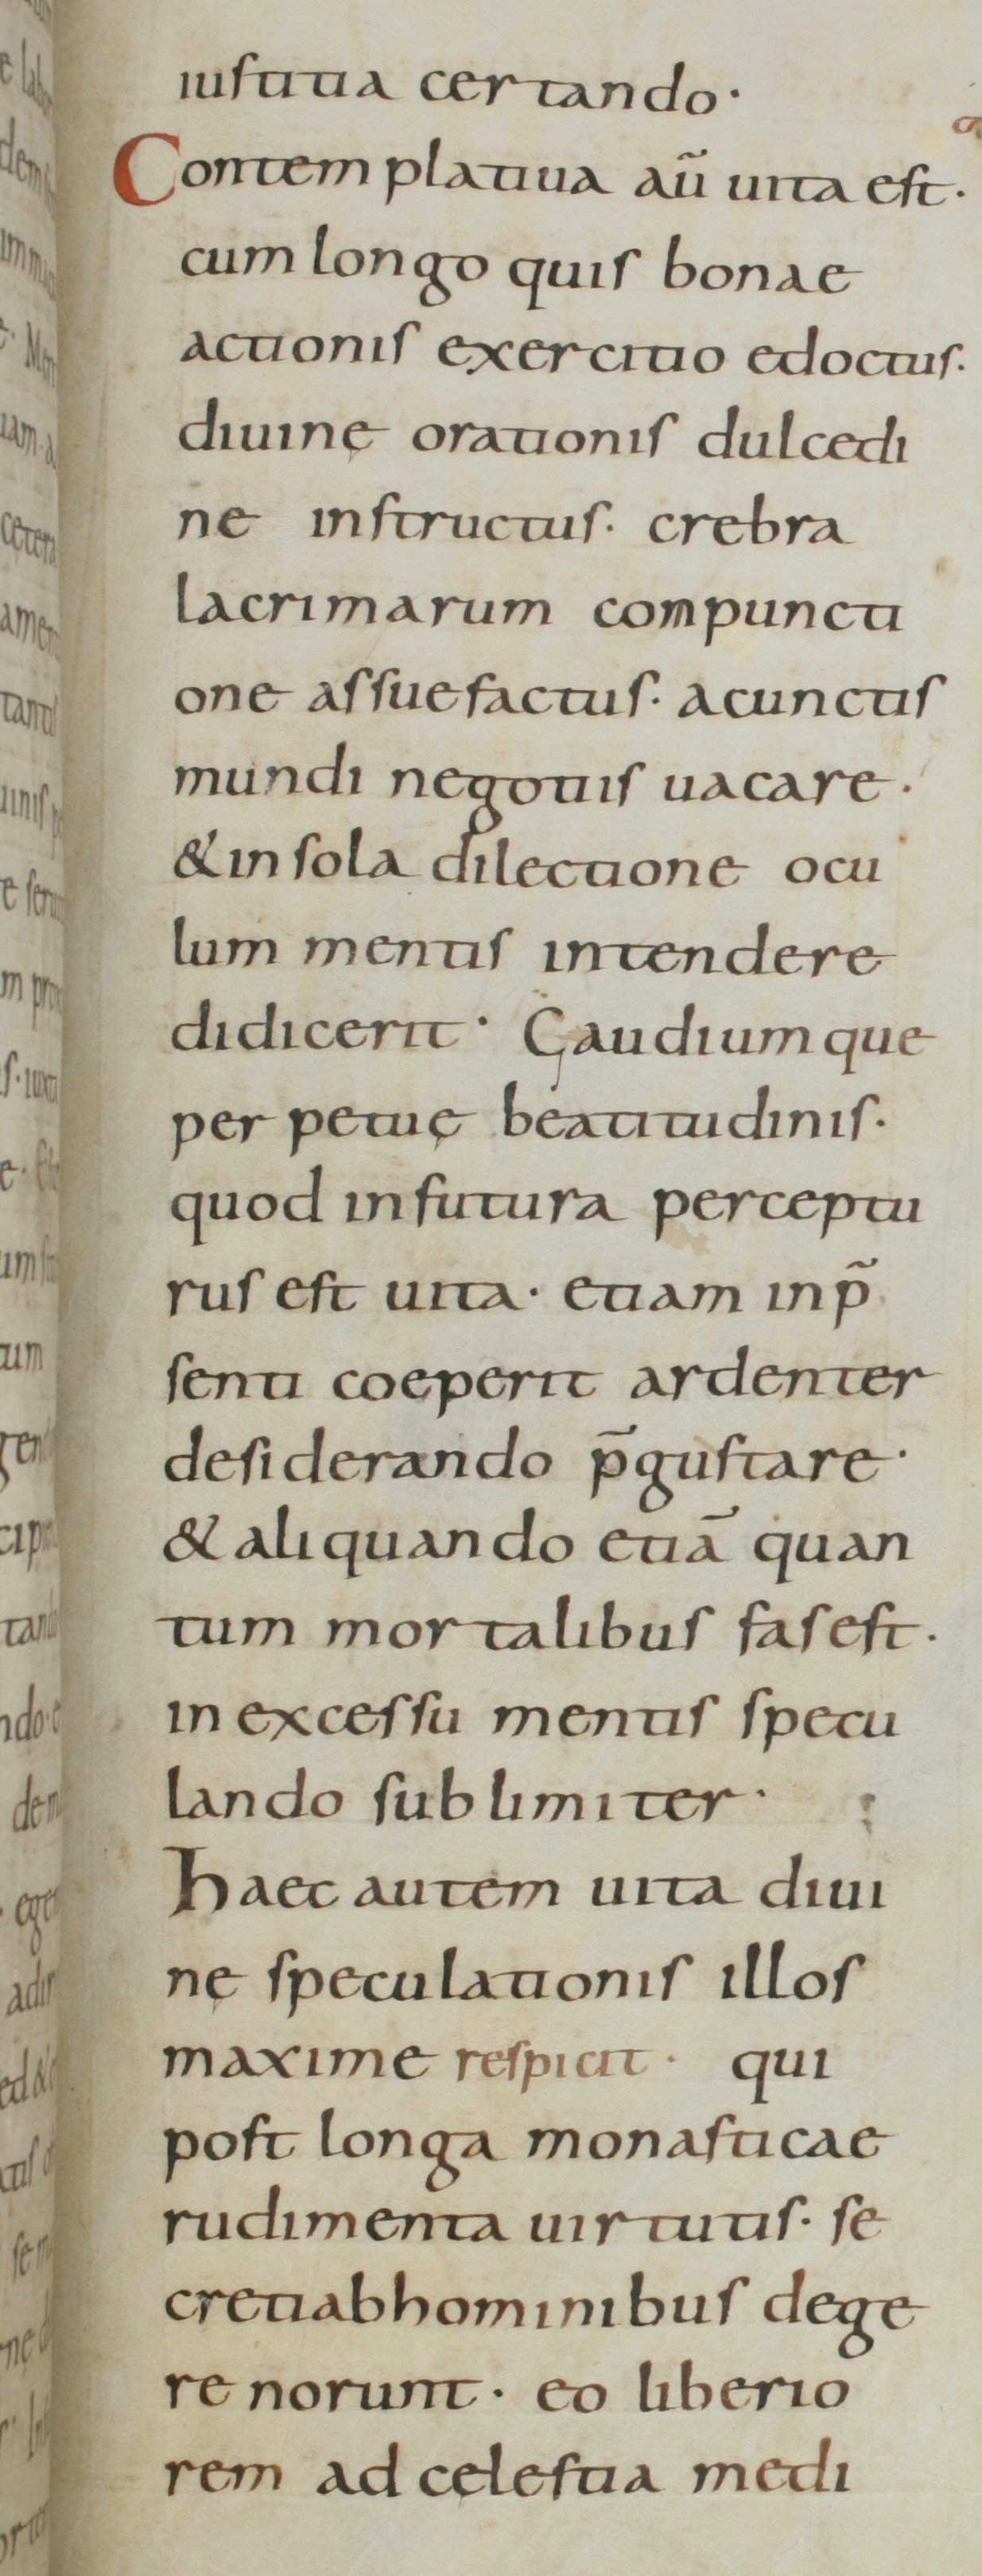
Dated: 800–899